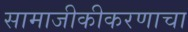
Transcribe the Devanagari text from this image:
सामाजीकीकरणाचा